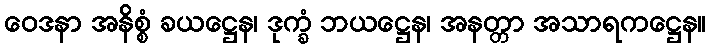
ဝေဒနာ အနိစ္စံ ခယဋ္ဌေန၊ ဒုက္ခံ ဘယဋ္ဌေန၊ အနတ္တာ အသာရကဋ္ဌေန။